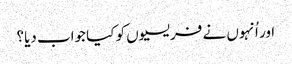
‏ اور اُنہوں نے فریسیوں کو کیا جواب دیا؟